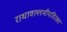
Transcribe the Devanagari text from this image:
राधावल्लभीयविरक्त